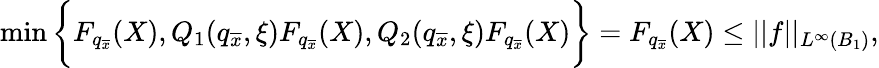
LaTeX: \operatorname*{min}\bigg\{ F_{q_{\overline{{x}}}}(X),Q_{1}(q_{\overline{{x}}},\xi)F_{q_{\overline{{x}}}}(X),Q_{2}(q_{\overline{{x}}},\xi)F_{q_{\overline{{x}}}}(X)\bigg\} =F_{q_{\overline{{x}}}}(X)\leq||f||_{L^{\infty}(B_{1})},